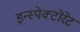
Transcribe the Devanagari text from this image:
इन्स्पेक्टोरेट